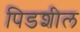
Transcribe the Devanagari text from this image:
पिडशील